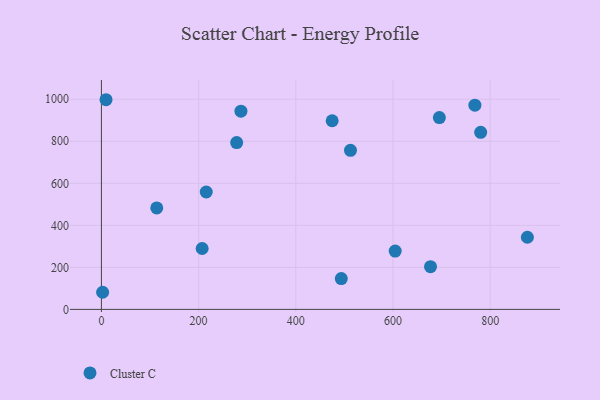
{"axis": {"x": "Engine Size", "y": "Exam Score"}, "legend": ["Cluster C"], "data": [{"x": "677.2", "y": 203.3, "type": "Cluster C"}, {"x": "768.5", "y": 971.9, "type": "Cluster C"}, {"x": "604.5", "y": 277.3, "type": "Cluster C"}, {"x": "493.6", "y": 146.4, "type": "Cluster C"}, {"x": "695.4", "y": 913.0, "type": "Cluster C"}, {"x": "876.5", "y": 343.3, "type": "Cluster C"}, {"x": "2.5", "y": 81.4, "type": "Cluster C"}, {"x": "207.3", "y": 289.8, "type": "Cluster C"}, {"x": "113.9", "y": 482.7, "type": "Cluster C"}, {"x": "474.8", "y": 897.7, "type": "Cluster C"}, {"x": "780.4", "y": 842.5, "type": "Cluster C"}, {"x": "215.7", "y": 558.6, "type": "Cluster C"}, {"x": "9.5", "y": 997.8, "type": "Cluster C"}, {"x": "287.1", "y": 943.5, "type": "Cluster C"}, {"x": "512.5", "y": 757.2, "type": "Cluster C"}, {"x": "278.3", "y": 793.8, "type": "Cluster C"}]}